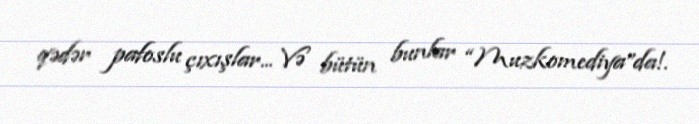
qədər pafoslu çıxışlar... Və bütün bunlar “Muzkomediya”da!.